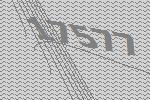
17577